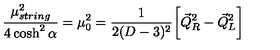
\frac { \mu _ { s t r i n g } ^ { 2 } } { 4 \cosh ^ { 2 } \alpha } = \mu _ { 0 } ^ { 2 } = \frac { 1 } { 2 ( D - 3 ) ^ { 2 } } \biggl [ { \vec { Q } } _ { R } ^ { 2 } - { \vec { Q } } _ { L } ^ { 2 } \biggr ]